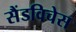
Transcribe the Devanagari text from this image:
सैंडविचेस